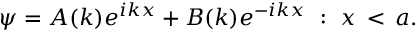
\psi = A ( k ) e ^ { i k x } + B ( k ) e ^ { - i k x } \, \, : \, \, x \, < \, a .